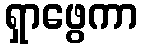
ရှာဖွေကာ